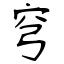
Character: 穹